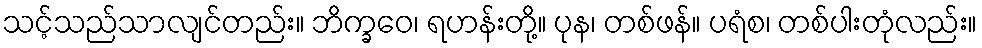
သင့်သည်သာလျင်တည်း။ ဘိက္ခဝေ၊ ရဟန်းတို့။ ပုန၊ တစ်ဖန်။ ပရံစ၊ တစ်ပါးတုံလည်း။